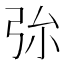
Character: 㢱